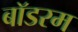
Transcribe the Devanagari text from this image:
बॉडरम